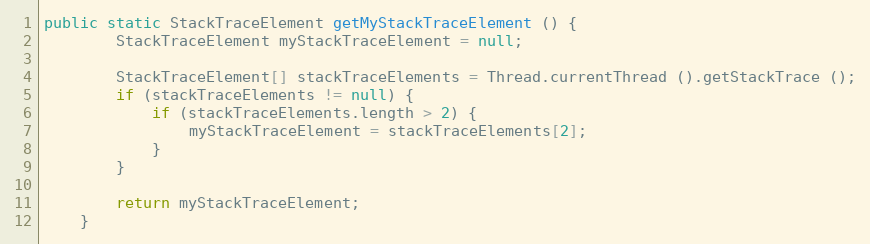
Language: Java
public static StackTraceElement getMyStackTraceElement () {
		StackTraceElement myStackTraceElement = null;

		StackTraceElement[] stackTraceElements = Thread.currentThread ().getStackTrace ();
		if (stackTraceElements != null) {
			if (stackTraceElements.length > 2) {
				myStackTraceElement = stackTraceElements[2];
			}
		}

		return myStackTraceElement;
	}